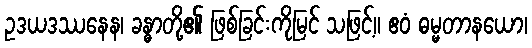
ဥဒယဒဿနေန၊ ခန္ဓာတို့၏ ဖြစ်ခြင်းကိုမြင် သဖြင့်။ ဧဝံ ဓမ္မတာနယော၊